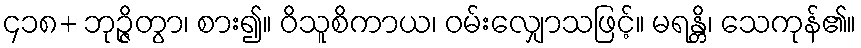
၄၁၈+ ဘုဉ္ဇိတွာ၊ စား၍။ ဝိသူစိကာယ၊ ဝမ်းလျှောသဖြင့်။ မရန္တိ၊ သေကုန်၏။